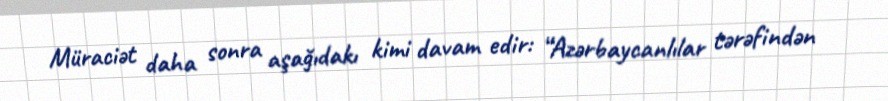
Müraciət daha sonra aşağıdakı kimi davam edir: “Azərbaycanlılar tərəfindən